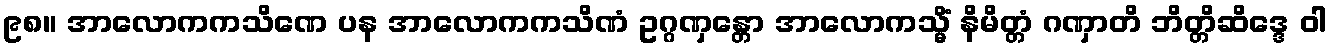
၉၈။ အာလောကကသိဏေ ပန အာလောကကသိဏံ ဥဂ္ဂဏှန္တော အာလောကသ္မိံ နိမိတ္တံ ဂဏှာတိ ဘိတ္တိဆိဒ္ဒေ ဝါ